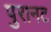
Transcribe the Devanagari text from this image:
पुरानट